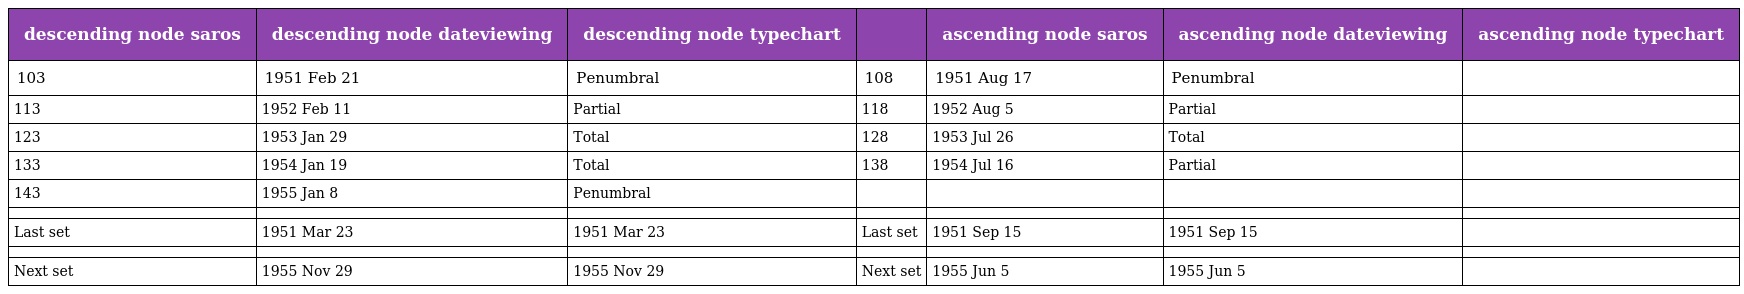
| descending node saros | descending node dateviewing | descending node typechart |  | ascending node saros | ascending node dateviewing | ascending node typechart |
 | --- | --- | --- | --- | --- | --- | --- |
 | 103 | 1951 Feb 21 | Penumbral | 108 | 1951 Aug 17 | Penumbral |  |
 | 113 | 1952 Feb 11 | Partial | 118 | 1952 Aug 5 | Partial |  |
 | 123 | 1953 Jan 29 | Total | 128 | 1953 Jul 26 | Total |  |
 | 133 | 1954 Jan 19 | Total | 138 | 1954 Jul 16 | Partial |  |
 | 143 | 1955 Jan 8 | Penumbral |  |  |  |  |
 |  |  |  |  |  |  |  |
 | Last set | 1951 Mar 23 | 1951 Mar 23 | Last set | 1951 Sep 15 | 1951 Sep 15 |  |
 |  |  |  |  |  |  |  |
 | Next set | 1955 Nov 29 | 1955 Nov 29 | Next set | 1955 Jun 5 | 1955 Jun 5 |  |